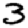
Digit: 3